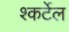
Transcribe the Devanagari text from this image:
श्कर्टेल